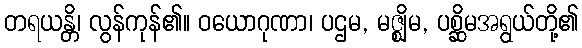
တရယန္တိ၊ လွန်ကုန်၏။ ဝယောဂုဏာ၊ ပဌမ, မဇ္ဈိမ, ပစ္ဆိမအရွယ်တို့၏